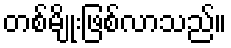
တစ်မျိုးဖြစ်လာသည်။